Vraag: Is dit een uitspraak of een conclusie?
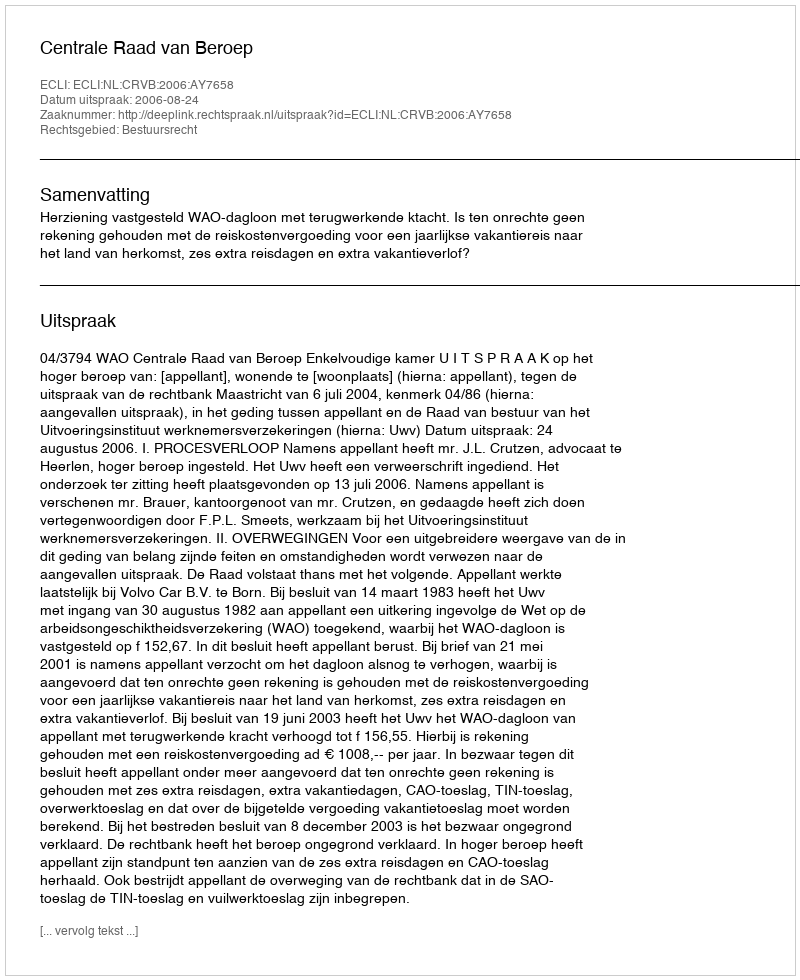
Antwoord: Uitspraak